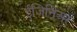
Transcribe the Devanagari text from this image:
ईंजिनिअर